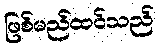
ဖြစ်မည်ထင်သည်